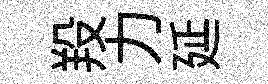
羖力延